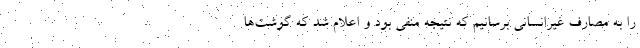
را به مصارف غیرانسانی برسانیم که نتیجه منفی بود و اعلام شد که گوشت‌ها